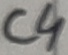
Text: C4